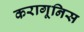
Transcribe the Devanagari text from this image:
करागूनिस